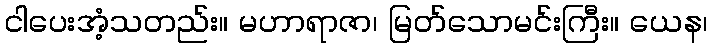
ငါပေးအံ့သတည်း။ မဟာရာဇာ၊ မြတ်သောမင်းကြီး။ ယေန၊